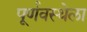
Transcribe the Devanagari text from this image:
पूर्णवस्थेला